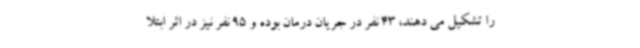
را تشکیل می دهند، 43 نفر در جریان درمان بوده و 95 نفر نیز در اثر ابتلا